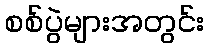
စစ်ပွဲများအတွင်း